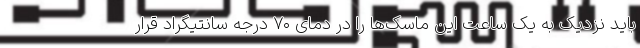
باید نزدیک به یک ساعت این ماسک‌ها را در دمای ۷۰ درجه سانتیگراد قرار